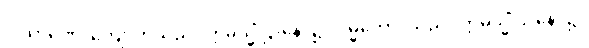
ပါသာဏေ၊ ကျောက်သည်။ ဣမသ္မိံ ဌာနေ၊ ၌။ ဝမ္မိကော၊ သည်။ ဣမသ္မိံ ဌာနေ၊ ၌။